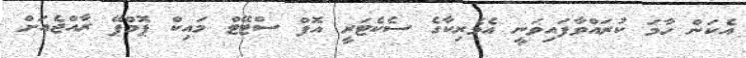
އެކަން ހާމަ ކުރައްވާފައިވަނީ އެމެރިކާގެ ސެކެޓަރީ އޮފް ސްޓޭޓް މައިކް ޕޮމްޕޭ ރާއްޖެއަށް